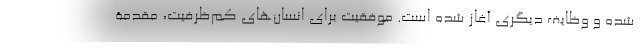
شده و وظایف دیگری آغاز شده است. موفقیت برای انسان‌های کم‌ظرفیت، مقدمۀ